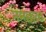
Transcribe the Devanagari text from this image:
नमक्कळ